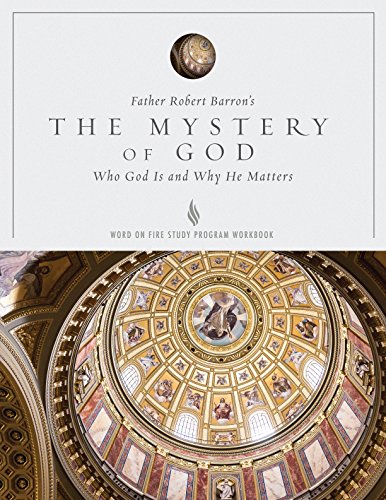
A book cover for The Mystery of God Study Guide; Trent Horn; Christian Books & Bibles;